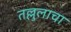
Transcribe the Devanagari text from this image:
तल्लुलाचा